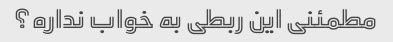
مطمئنی این ربطی به خواب نداره؟